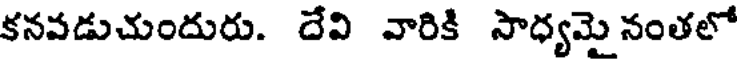
కనవడుచుందురు. దేవి వారికి సాధ్యమై నంతలో